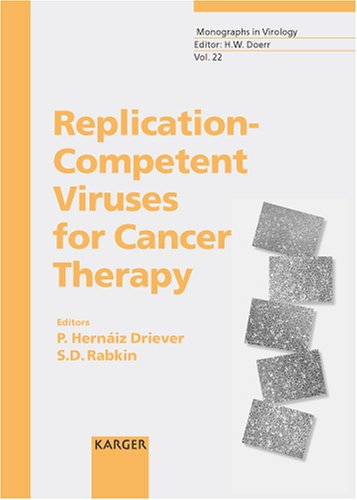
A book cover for Replication-Competent Viruses for Cancer Therapy (Monographs in Virology, Vol. 22); Medical Books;